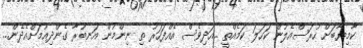
ކާމިޔާބަށް ހުރަސްއެލުން ކަހަލަ ކަމެއްތީ ..އަދިވެސް އެއްފަހަރު ތި ނިންމުން އަނބުރާ ގެންދިއުމަށްއެދެން...